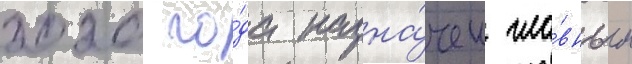
2020 го́да назна́чен гла́вным